Annual report of the Central Committee of the Association together with the report of the directors of the Pasteur Institute at Kasauli
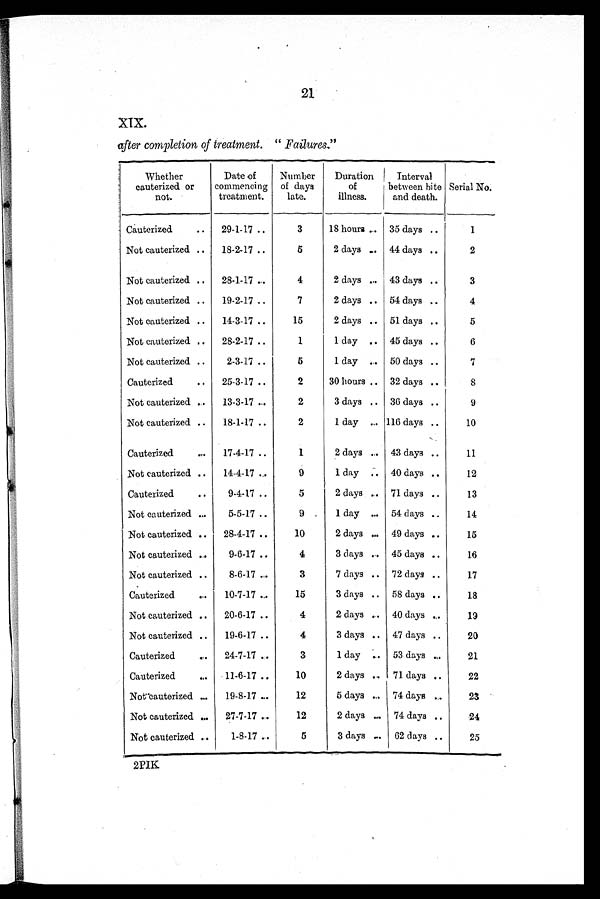
21
XIX.
after completion of treatment. "Failures."
Whether
cauterized or
not.
Date of
commencing
treatment.
Number
of days
late.
Duration
of
illness.
Interval
between bite
and death.
Serial No.
Cauterized
29-1-17
3
18 hours
35 days
1
Not cauterized
18-2-17
5
2 days
44 days
2
Not cauterized
28-1-17
4
2 days
43 days
3
Not cauterized
19-2-17
7
2 days
54 days
4
Not cauterized
14-3-17
15
2 days
51 days
5
Not cauterized
28-2-17
1
1 day
45 days
6
Not cauterized
2-3-17
5
1 day
50 days
7
Cauterized
25-3-17
2
30 hours
32 days
8
Not cauterized
13-3-17
2
3 days
36 days
9
Not cauterized
18-1-17
2
1 day
116 days
10
Cauterized
17-4-17
1
2 days
43 days
11
Not cauterized
14-4-17
9
1 day
40 days
12
Cauterized
9-4-17
5
2 days
71 days
13
Not cauterized
5-5-17
9
1 day
54 days
14
Not cauterized
28-4-17
10
2 days
49 days
15
Not cauterized
9-6-17
4
3 clays
45 days
16
Not cauterized
8-6-17
3
7 days
72 days
17
Cauterized
10-7-17
15
3 days
58 days
18
Not cauterized
20-6-17
4
2 days
40 days
19
Not cauterized
19-6-17
4
3 days
47 days
20
Cauterized
24-7-17
3
1 day
53 days
21
Cauterized
11-6-17
10
2 days
71 days
22
Not cauterized 19-8-17
12
5 days
74 days
23
Not cauterized
27-7-17
12
2 days
74 days
24
Not cauterized
1-8-17
5
3 days
62 days
25
2PIK